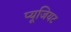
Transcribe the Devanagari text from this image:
प्यूजियट